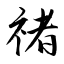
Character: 禇